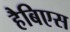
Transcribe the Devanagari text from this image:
हैबिएस